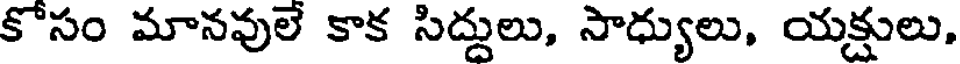
కోసం మానవులే కాక సిద్దులు, సాధ్యులు, యక్షులు,